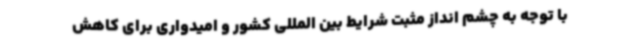
با توجه به چشم انداز مثبت شرایط بین المللی کشور و امیدواری برای کاهش